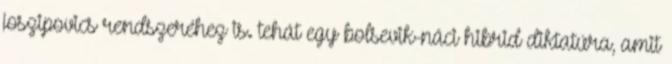
joszipovics rendszeréhez is. tehát egy bolsevik-náci hibrid diktatúra, amit